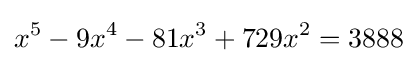
x^{5}-9x^{4}-81x^{3}+729x^{2}=3888